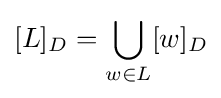
[L]_{D}=\bigcup _{w\in L}[w]_{D}